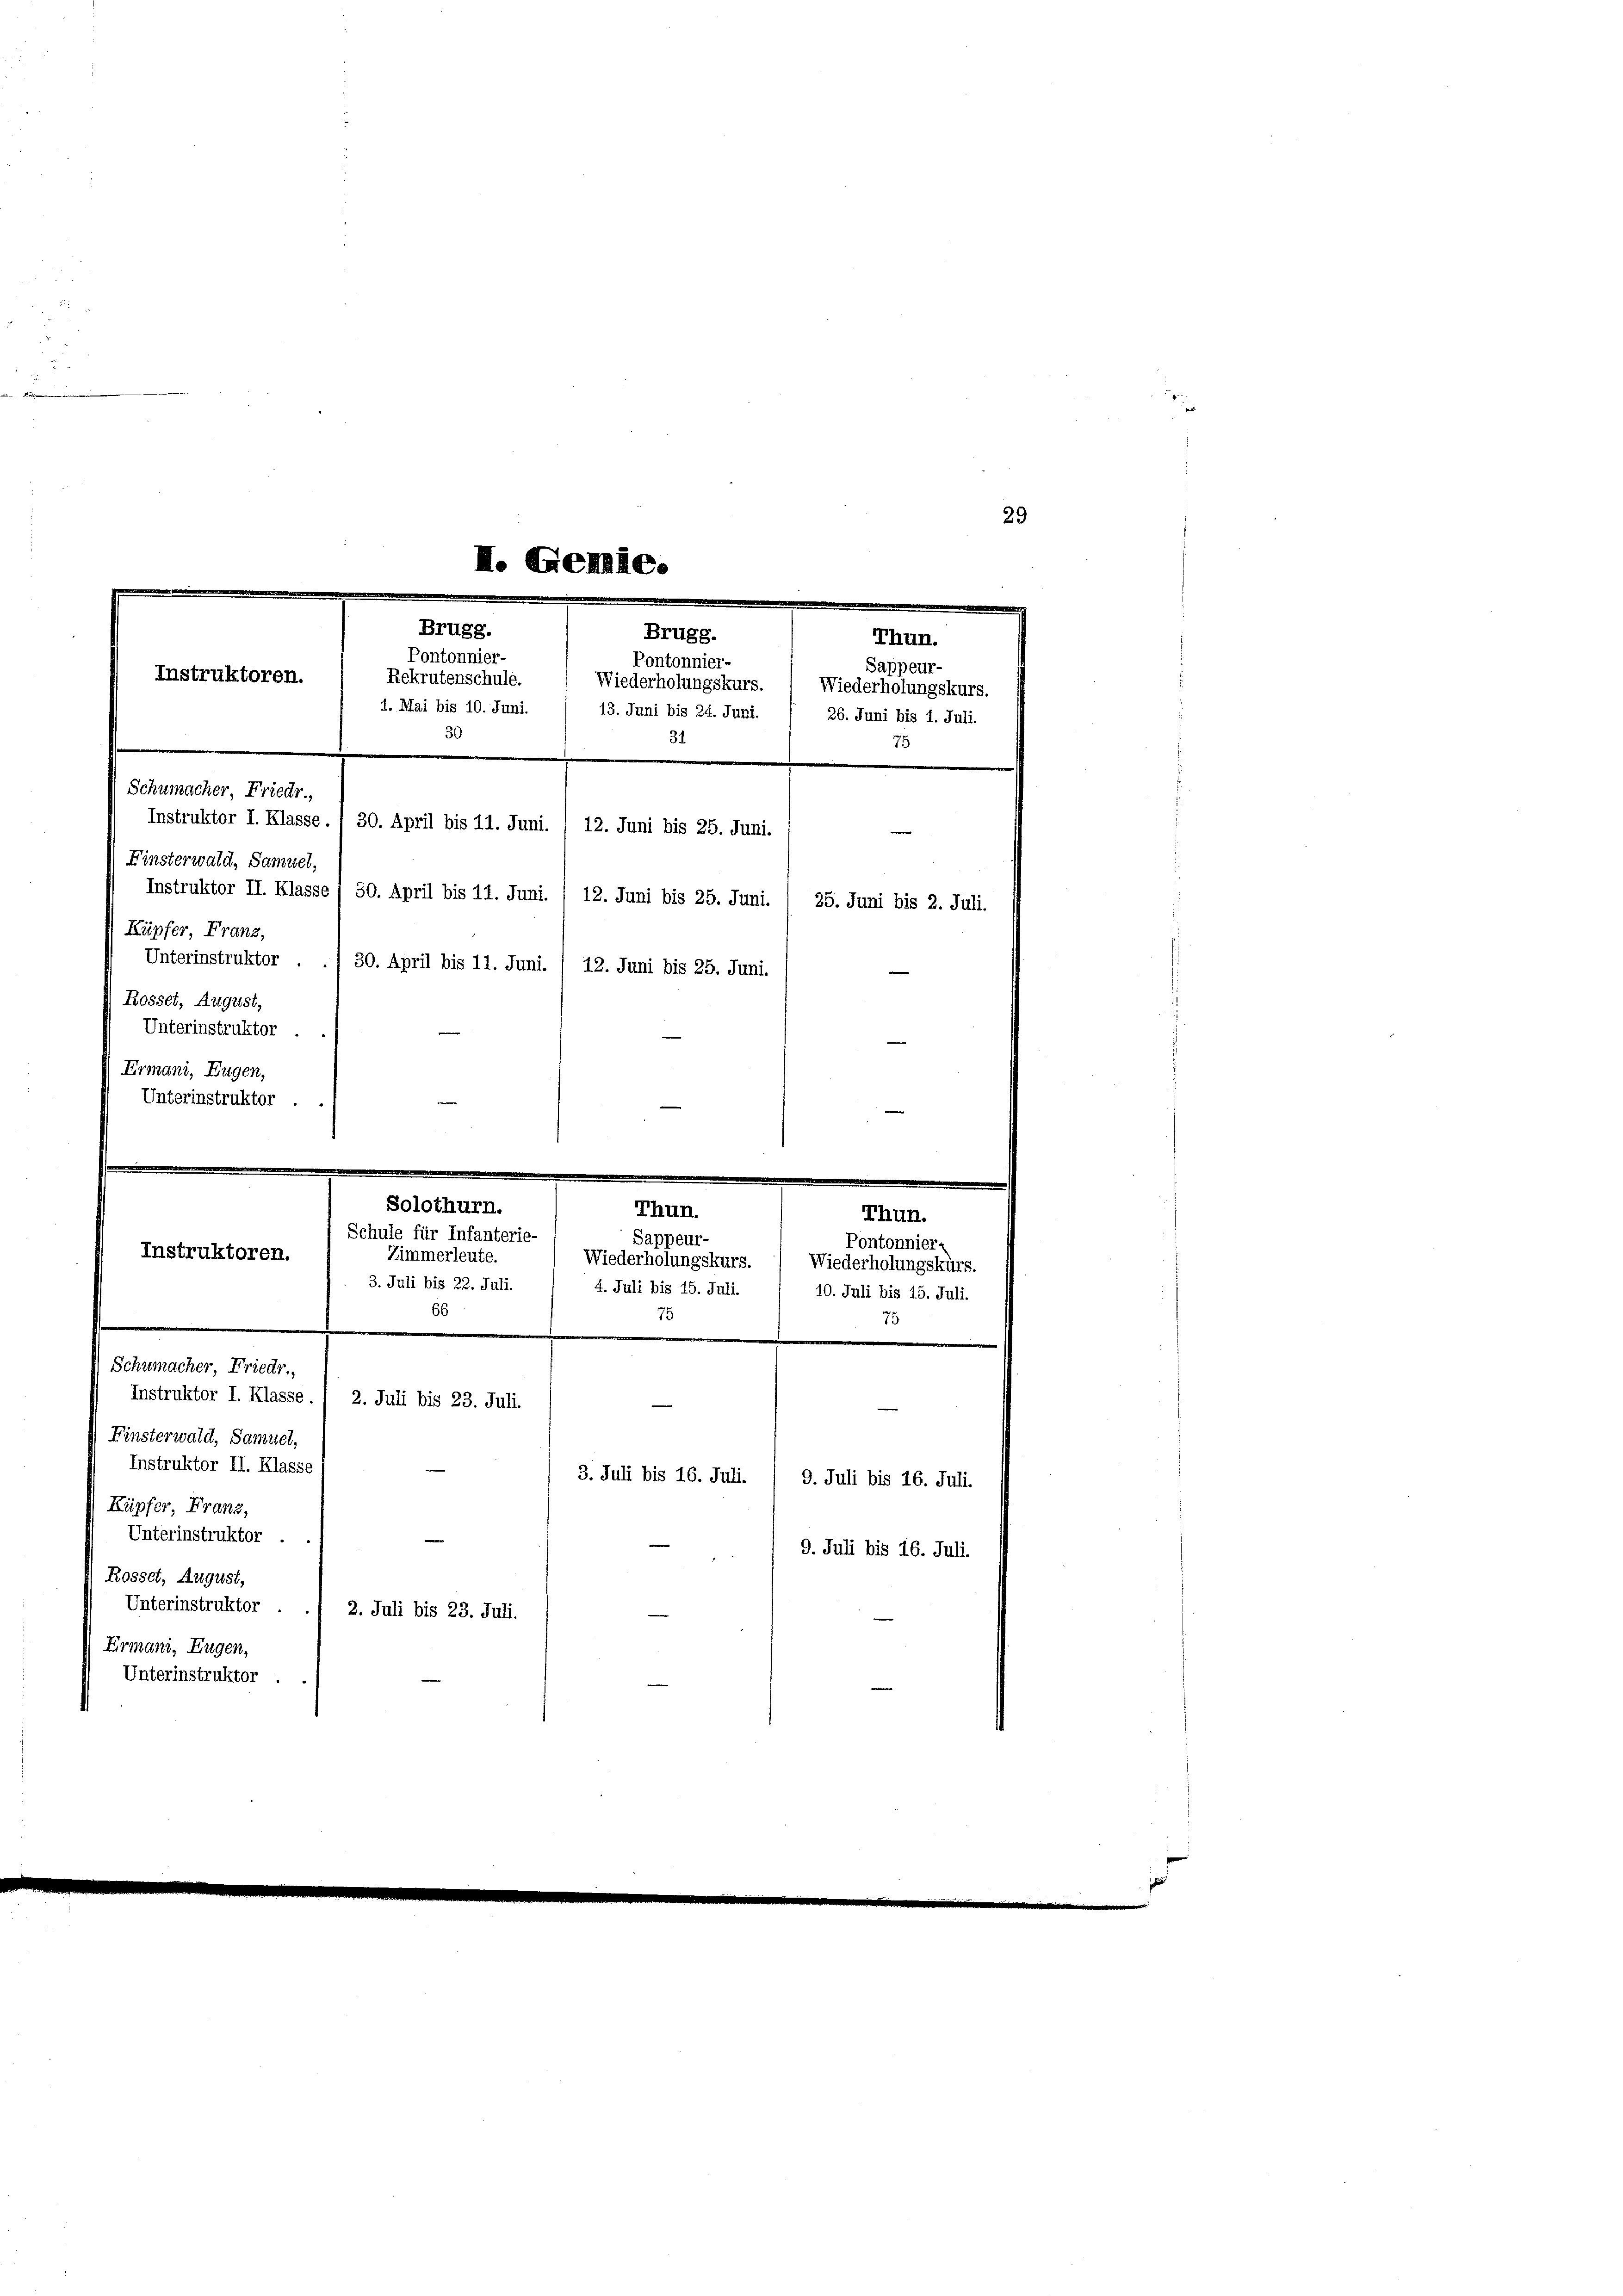
29

II. Gemde.
Brugg.
Brugg.
Thun.
Pontonnier-
Pontonnier-
Sappeur-
Instruktoren.
Rekrutenschule.
Wiederholungskurs.
Wiederholungskurs.
1. Mai bis 10. Juni.
13. Juni bis 24. Juni.
26. Juni bis 1. Juli.
30
31
75
Schumacher, Friedr.,
Instruktor I. Klasse. , 30. April bis 11. Juni. , 12. Juni bis 25. Juni.

Finsterwald, Samuel,
Instruktor II. Klasse
50. April bis 11. Juni. / 12. Juni bis 25. Juni.
Küpfer, Franz,
Unterinstruktor
30. April bis 11. Juni. / 12. Juni bis 25. Juni.
Rosset, August,
Unterinstruktor
Ermani, Eugen,
Unterinstruktor ..

Solothurn.
Thun.
Schule für Infanterie-
Sappeur-

25. Juni bis 2. Juli.

Instruktoren.
Zimmerleute.
Wiederholungskurs.
3. Juli bis 22. Juli.
4. Juli bis 15. Juli.
66
75
.
Schumacher, Friedr.
Instruktor I. Klasse. / 2. Juli bis 23. Juli.
Finsterwald, Samuel,
Instruktor II. Klasse
3. Juli bis 16. Juli.
Küpfer, Franz,
Unterinstruktor
Rosset, August,
Unterinstruktor
2. Juli bis 23. Juli.
Ermani, Eugen,
Unterinstruktor

Thun.
Pontonnier-
Wiederholungskurs.
10. Juli bis 15. Juli.
75

9. Juli bis 16. Juli.
9. Juli bis 16. Juli.